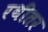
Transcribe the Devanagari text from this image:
रथीतर